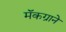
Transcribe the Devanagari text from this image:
मॅकग्राने